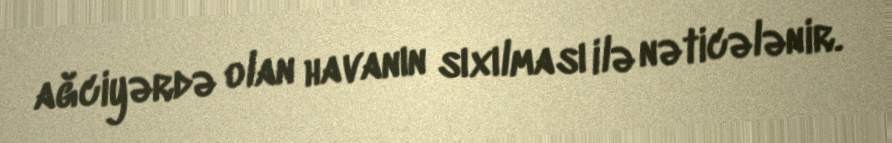
ağciyərdə olan havanın sıxılması ilə nəticələnir.